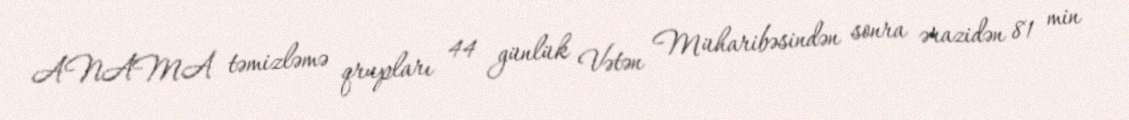
ANAMA təmizləmə qrupları 44 günlük Vətən Müharibəsindən sonra ərazidən 81 min